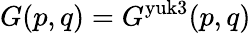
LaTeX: G(p,q)=G^{\mathrm{yuk3}}(p,q)